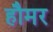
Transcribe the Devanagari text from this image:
हौमर